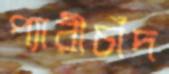
প্যারীচাঁদ